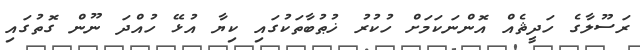
ރަސޫލާގެ ހަދީޘެއް އޮންނަކަމަށް ހުކުރު ޚުޠުބާތަކުގައި ކިޔާ އުޅޭ ހުއްދަ ނޫން ގޮތުގައި